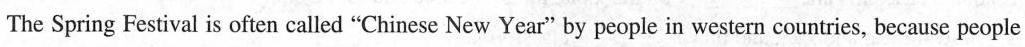
TheSpring Festival is often called "Chinese New Year" by people in western countries, because people